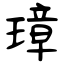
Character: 璋